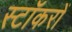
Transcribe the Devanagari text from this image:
स्टॉकरों